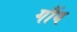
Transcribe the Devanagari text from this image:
गौंव